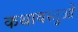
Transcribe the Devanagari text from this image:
कथावस्तुओं